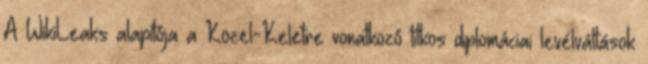
A WikiLeaks alapítója a Közel-Keletre vonatkozó titkos diplomáciai levélváltások